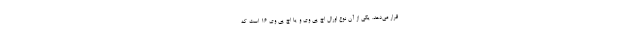
قرار می‌دهد. یکی از آن نوع اورال اچ پی وی و یا اچ پی وی 16 است که